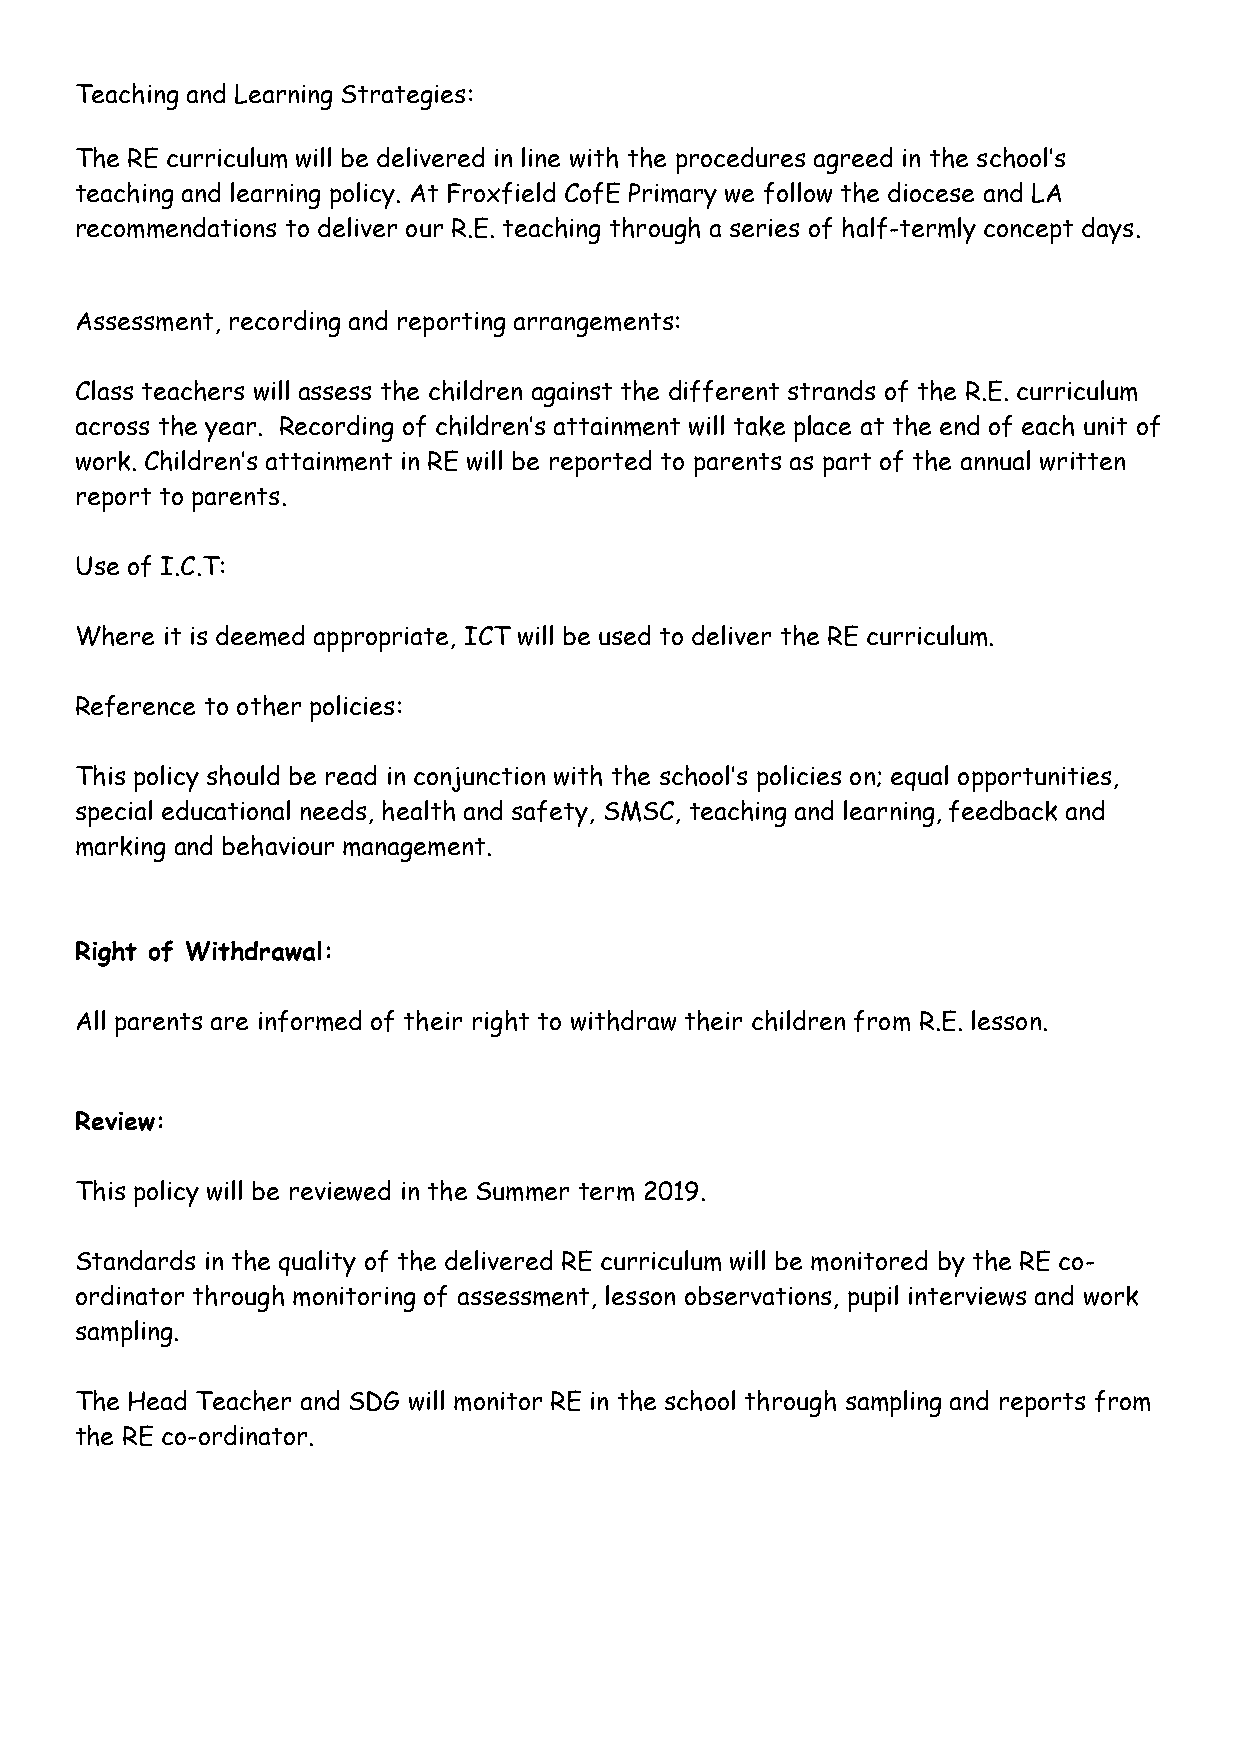
Teaching and Learning Strategies:
 The RE curriculum will be delivered in line with the procedures agreed in the school’s
 teaching and learning policy. At Froxfield CofE Primary we follow the diocese and LA
 recommendations to deliver our R.E. teaching through a series of half-termly concept days.
 Assessment, recording and reporting arrangements:
 Class teachers will assess the children against the different strands of the R.E. curriculum
 across the year. Recording of children’s attainment will take place at the end of each unit of
 work. Children’s attainment in RE will be reported to parents as part of the annual written
 report to parents.
 Use of I.C.T:
 Where it is deemed appropriate, ICT will be used to deliver the RE curriculum.
 Reference to other policies:
 This policy should be read in conjunction with the school’s policies on; equal opportunities,
 special educational needs, health and safety, SMSC, teaching and learning, feedback and
 marking and behaviour management.
 Right of Withdrawal:
 All parents are informed of their right to withdraw their children from R.E. lesson.
 Review:
 This policy will be reviewed in the Summer term 2019.
 Standards in the quality of the delivered RE curriculum will be monitored by the RE co-
 ordinator through monitoring of assessment, lesson observations, pupil interviews and work
 sampling.
 The Head Teacher and SDG will monitor RE in the school through sampling and reports from
 the RE co-ordinator.